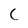
Character: C